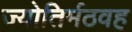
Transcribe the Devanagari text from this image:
ज्योतिर्मठवह